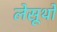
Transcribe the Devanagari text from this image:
लेसूथो